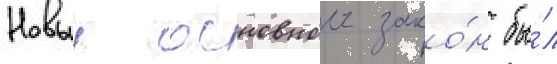
Новыи основнои зако́н бы́л